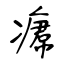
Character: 𤸷